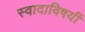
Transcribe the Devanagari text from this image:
स्वादाविषयीं